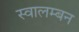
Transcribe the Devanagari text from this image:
स्वालम्बन